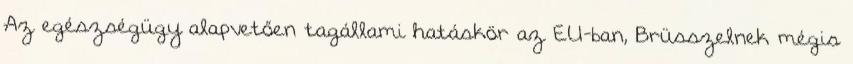
Az egészségügy alapvetően tagállami hatáskör az EU-ban, Brüsszelnek mégis